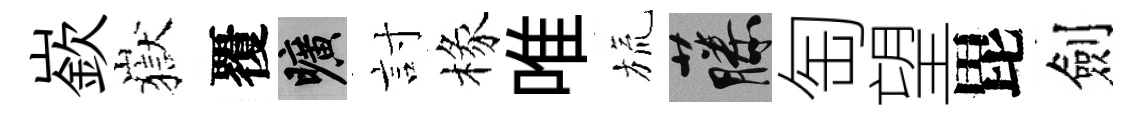
嶔嶽覆曠討椽唯旒藤匋望毘劍